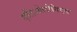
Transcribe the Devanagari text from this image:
एतिओलोगिएस